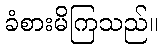
ခံစားမိကြသည်။